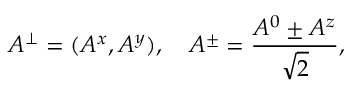
A ^ { \perp } = ( A ^ { x } , A ^ { y } ) , \quad A ^ { \pm } = \frac { A ^ { 0 } \pm A ^ { z } } { \sqrt { 2 } } ,